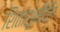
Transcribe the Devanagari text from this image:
शितांशुमौलि